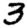
Digit: 3